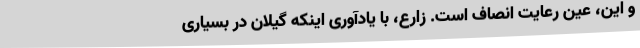
و این، عین رعایت انصاف است. زارع، با یادآوری اینکه گیلان در بسیاری